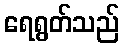
ရေရွတ်သည်